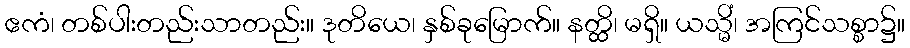
ဧကံ၊ တစ်ပါးတည်းသာတည်း။ ဒုတိယေ၊ နှစ်ခုမြောက်။ နတ္ထိ၊ မရှိ။ ယသ္မိံ၊ အကြင်သစ္စာ၌။